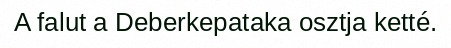
A falut a Deberkepataka osztja ketté.